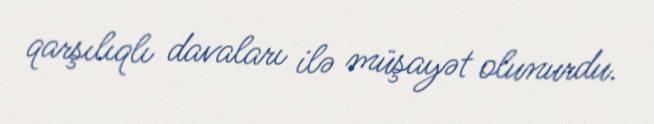
qarşılıqlı davaları ilə müşayət olunurdu.